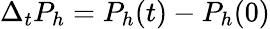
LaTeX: \Delta_{t}P_{h}=P_{h}(t)-P_{h}(0)